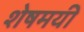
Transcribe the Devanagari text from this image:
शेषमयी